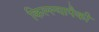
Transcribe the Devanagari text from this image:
किल्ल्यापैकी